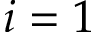
i = 1